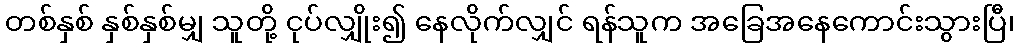
တစ်နှစ် နှစ်နှစ်မျှ သူတို့ ငုပ်လျှိုး၍ နေလိုက်လျှင် ရန်သူက အခြေအနေကောင်းသွားပြီ၊